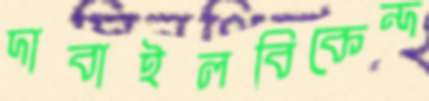
দাবাইলবিকেন্দ